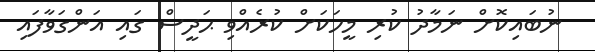
ނުބައިކޮށް ނަމާދު ކުރި މީހަކަށް ކުރެއްވި ޙަދީސް ގައި އަންގަވާފައި